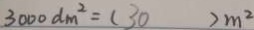
3 0 0 0 d m ^ { 2 } = ( 3 0 ) m ^ { 2 }